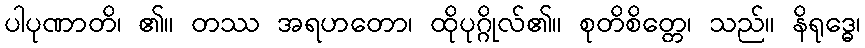
ပါပုဏာတိ၊ ၏။ တဿ အရဟတော၊ ထိုပုဂ္ဂိုလ်၏။ စုတိစိတ္တေ၊ သည်။ နိရုဒ္ဓေ၊